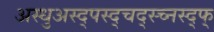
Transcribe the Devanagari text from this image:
अस्धुअस्द्पस्द्चद्स्च्नस्द्फ्